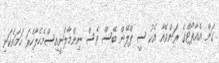
ގަން އެއާޕޯޓްގެ ރަންވޭއާ އެކު ސީ ޕްލޭން ބޭސް ވެސް ނިންމާލަނީއިސްމެހެލާހެރަ ހަމައެކަނި